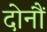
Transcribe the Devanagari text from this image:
दोनौं